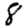
Digit: 8